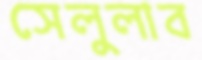
সেলুলাব